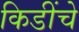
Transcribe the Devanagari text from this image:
किडींचे